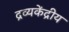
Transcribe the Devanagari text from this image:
द्रव्यकेंद्रीय